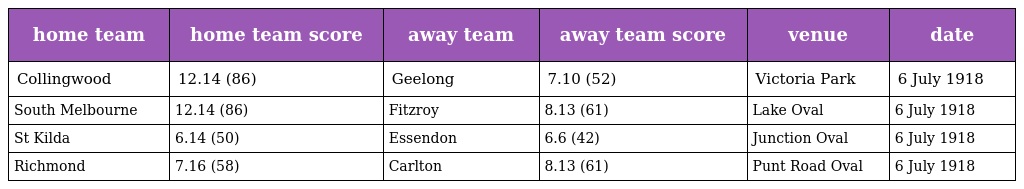
| home team | home team score | away team | away team score | venue | date |
 | --- | --- | --- | --- | --- | --- |
 | Collingwood | 12.14 (86) | Geelong | 7.10 (52) | Victoria Park | 6 July 1918 |
 | South Melbourne | 12.14 (86) | Fitzroy | 8.13 (61) | Lake Oval | 6 July 1918 |
 | St Kilda | 6.14 (50) | Essendon | 6.6 (42) | Junction Oval | 6 July 1918 |
 | Richmond | 7.16 (58) | Carlton | 8.13 (61) | Punt Road Oval | 6 July 1918 |